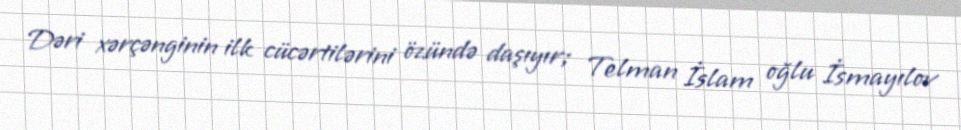
Dəri xərçənginin ilk cücərtilərini özündə daşıyır; Telman İslam oğlu İsmayılov